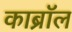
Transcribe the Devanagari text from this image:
काब्रॉल